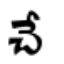
చే